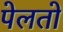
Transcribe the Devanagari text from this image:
पेलतो